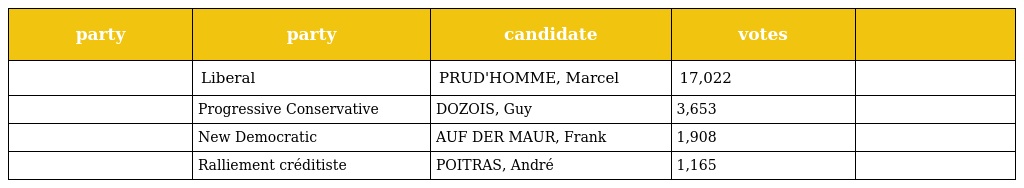
| party | party | candidate | votes |  |
 | --- | --- | --- | --- | --- |
 |  | Liberal | PRUD'HOMME, Marcel | 17,022 |  |
 |  | Progressive Conservative | DOZOIS, Guy | 3,653 |  |
 |  | New Democratic | AUF DER MAUR, Frank | 1,908 |  |
 |  | Ralliement créditiste | POITRAS, André | 1,165 |  |